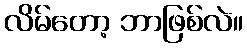
လိမ်တော့ ဘာဖြစ်လဲ။